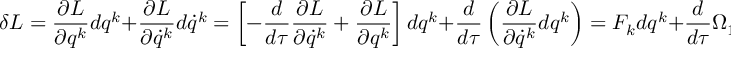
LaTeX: \delta L = \frac { \partial L } { \partial q ^ { k } } d q ^ { k } + \frac { \partial L } { \partial \dot { q } ^ { k } } d \dot { q } ^ { k } = \left[ - \frac { d } { d \tau } \frac { \partial L } { \partial \dot { q } ^ { k } } + \frac { \partial L } { \partial q ^ { k } } \right] d q ^ { k } + \frac { d } { d \tau } \left( \frac { \partial L } { \partial \dot { q } ^ { k } } d q ^ { k } \right) = F _ { k } d q ^ { k } + \frac { d } { d \tau } \Omega _ { 1 }